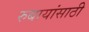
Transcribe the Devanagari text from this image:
रुबायांसाठी